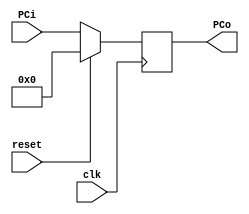
module Program_Counter(clk, reset, PCi, PCo);

input clk, reset;
input [31:0]PCi;

output reg [31:0]PCo;


always @ (posedge clk) begin

	if (reset == 1'b1)
	PCo = 32'b0;
   else
	PCo = PCi;

end

endmodule